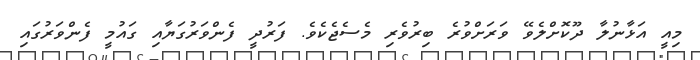
މިއީ އަޅާނުލާ ދޫކޮށްލެވޭ ވަރަށްވުރެ ބިރުވެރި މެސެޖެކެވެ. ފަރުދީ ފެންވަރުގަޔާއި ގައުމީ ފެންވަރުގައި